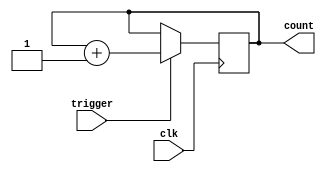
module Counter (
    input wire clk,
    input wire trigger,
    output reg [7:0] count
);

always @(posedge clk) begin
    if (trigger) begin
        count <= count + 1;
    end
end

endmodule